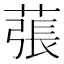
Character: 𦸾